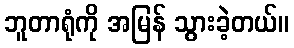
ဘူတာရုံကို အမြန် သွားခဲ့တယ်။